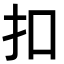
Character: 扣